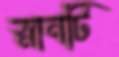
স্নানটি